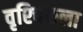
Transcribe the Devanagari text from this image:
वृश्‍चिकला